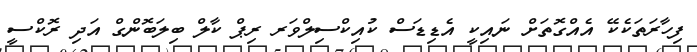
ފިހާރަތަކެކޭ އެއްގޮތަށް ނައިކީ އެޑިޑަސް ކުއިކްސިލްވަރ ރިޕް ކާލް ބިލަބޮންގް އަދި ރޮކްސީ